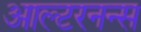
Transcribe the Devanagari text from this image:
आल्टरनन्स